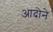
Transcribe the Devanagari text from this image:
आदोने